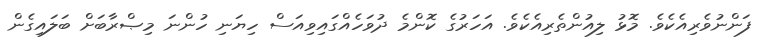
ފަންނުވެރިއެކެވެ. މޮޅު ލިއުންތެރިއެކެވެ. އަހަރުގެ ކޮންމެ ދުވަހެއްގައިވިއަސް ހިޔަނި ހުންނަ މިޞްރާބަށް ބަލައިގެން